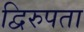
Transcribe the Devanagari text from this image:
द्विरुपता